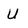
Character: U